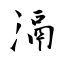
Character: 滆